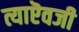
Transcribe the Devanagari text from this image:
त्याऎवजी